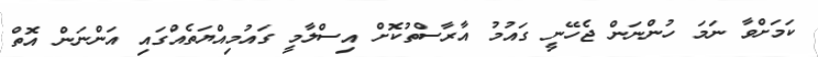
ކަމަށްވާ ނަމަ ހުންނަން ޖެހޭނީ ގައުމު އާރާސްތުކޮށް އިސްލާމީ ގައުމިއްޔަތެއްގައި އަންނަން އޮތް